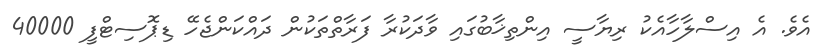
އެވެ. އެ އިސްލާހާއެކު ރިޔާސީ އިންތިޚާބުގައި ވާދަކުރާ ފަރާތްތަކުން ދައްކަންޖެހޭ ޑިޕޮސިޓްފީ 40000